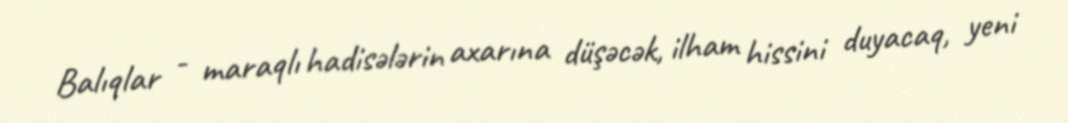
Balıqlar - maraqlı hadisələrin axarına düşəcək, ilham hissini duyacaq, yeni